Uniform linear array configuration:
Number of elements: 32
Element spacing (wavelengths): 0.75
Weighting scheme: hann
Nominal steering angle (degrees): -45
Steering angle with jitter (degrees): -46.146
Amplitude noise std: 0.05
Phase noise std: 0.05

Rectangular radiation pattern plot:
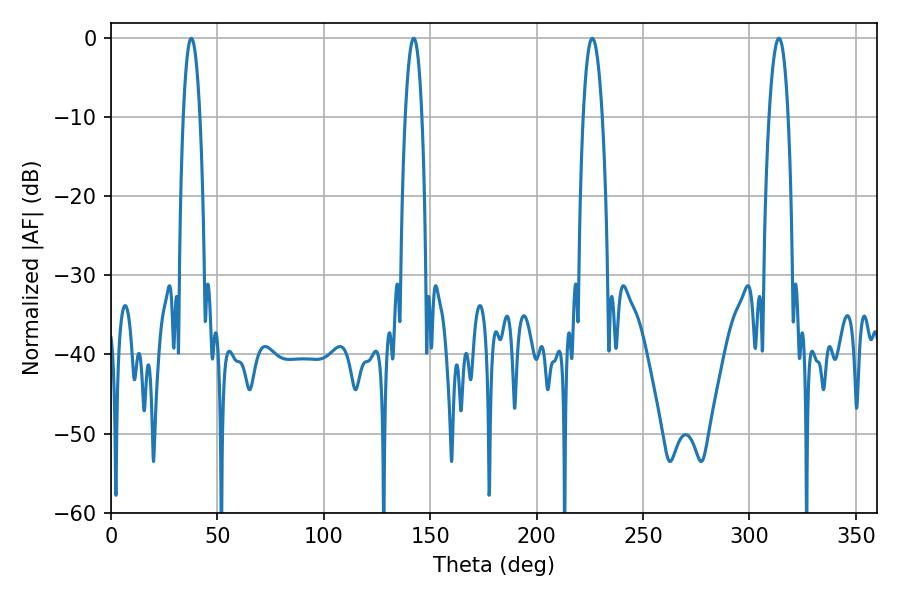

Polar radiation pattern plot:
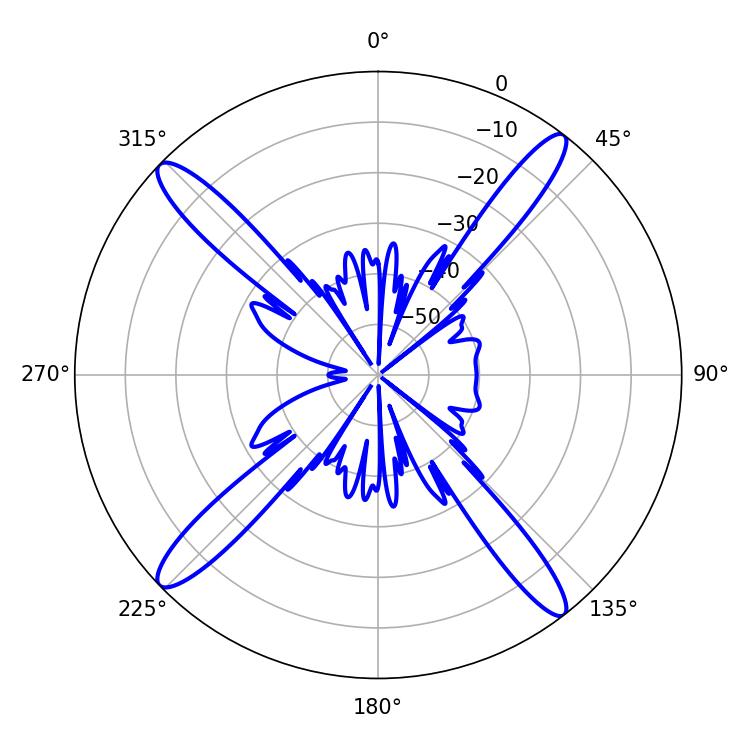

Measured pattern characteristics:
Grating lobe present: TRUE
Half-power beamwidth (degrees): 4.32
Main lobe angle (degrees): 142.2